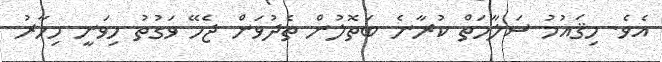
އެވެ. މިޤައުމު ސަލާމަތް ކުރާނެ ބަތޮލުން ތެދުވަން ޖެހޭ ވަގުތު މިވަނީ މިހާރު